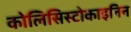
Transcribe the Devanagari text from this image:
कोलिसिस्टोकाइनिन